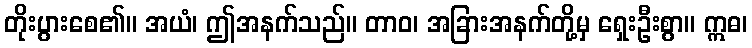
တိုးပွားစေ၏။ အယံ၊ ဤအနက်သည်။ တာဝ၊ အခြားအနက်တို့မှ ရှေးဦးစွာ။ ဣဓ၊